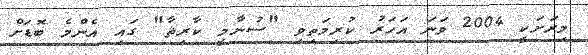
މިރަށަކީ 2004 ވަނަ އަހަރު ކުރިމަތިވި "ސުނާމީ ކާރިޘާ" ގައި އެންމެ ބޮޑަށް